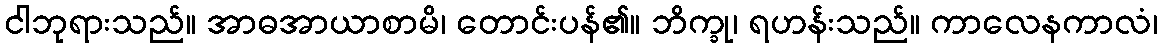
ငါဘုရားသည်။ အာဓအာယာစာမိ၊ တောင်းပန်၏။ ဘိက္ခု၊ ရဟန်းသည်။ ကာလေနကာလံ၊